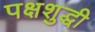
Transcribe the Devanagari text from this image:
पक्षशुद्धी